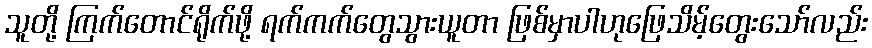
သူတို့ ကြက်တောင်ရိုက်ဖို့ ရက်ကက်တွေသွားယူတာ ဖြစ်မှာပါဟုဖြေသိမ့်တွေးသော်လည်း